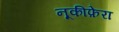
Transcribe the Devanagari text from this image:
नूकीफ़ेरा